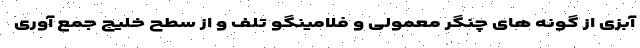
آبزی از گونه های چنگر معمولی و فلامینگو تلف و از سطح خلیج جمع آوری